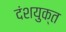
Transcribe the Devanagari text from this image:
दंशयुक्त